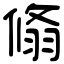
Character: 翛